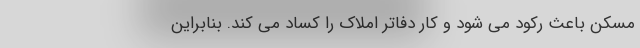
مسکن باعث رکود می شود و کار دفاتر املاک را کساد می کند. بنابراین